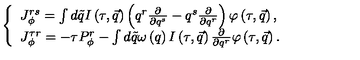
\left\{ \begin{array} { l } { J _ { \phi } ^ { r s } = \int d \tilde { q } I \left( \tau , \vec { q } \right) \left( q ^ { r } \frac \partial { \partial q ^ { s } } - q ^ { s } \frac \partial { \partial q ^ { r } } \right) \varphi \left( \tau , \vec { q } \right) , } \\ { J _ { \phi } ^ { \tau r } = - \tau P _ { \phi } ^ { r } - \int d \tilde { q } \omega \left( q \right) I \left( \tau , \vec { q } \right) \frac \partial { \partial q ^ { r } } \varphi \left( \tau , \vec { q } \right) . } \\ \end{array} \right.